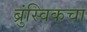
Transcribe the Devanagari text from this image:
ब्रुंस्विकचा